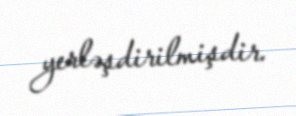
yerləşdirilmişdir.